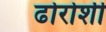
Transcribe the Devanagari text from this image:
ढोरोशी